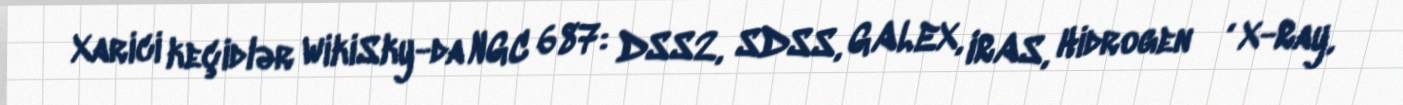
Xarici keçidlər WikiSky-da NGC 687: DSS2, SDSS, GALEX, IRAS, Hidrogen α, X-Ray,